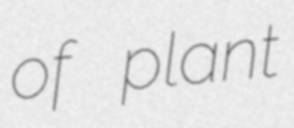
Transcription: of plant